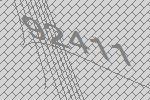
92411